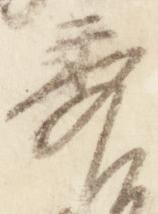
秀